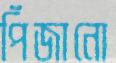
পিঁজানো